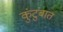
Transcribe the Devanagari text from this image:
कुंटुंबात